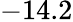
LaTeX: -14.2